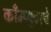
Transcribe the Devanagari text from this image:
काँम्प्युटरचे